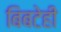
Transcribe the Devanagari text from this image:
बिबटेही